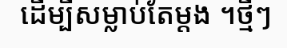
ដើម្បីសម្លាប់តែម្តង ។ថ្មីៗ